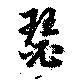
瑟